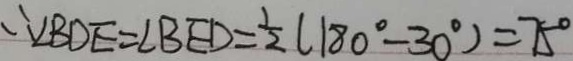
\therefore \angle B D E = \angle B E D = \frac { 1 } { 2 } ( 1 8 0 ^ { \circ } - 3 0 ^ { \circ } ) = 7 5 ^ { \circ }